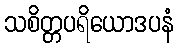
သစိတ္တပရိယောဒပနံ